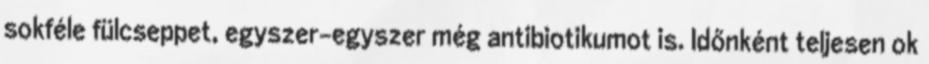
sokféle fülcseppet, egyszer-egyszer még antibiotikumot is. Időnként teljesen ok